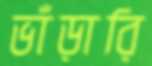
ভাঁড়ারি